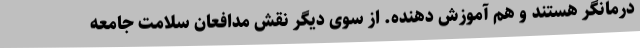
درمانگر هستند و هم آموزش دهنده. از سوی دیگر نقش مدافعان سلامت جامعه